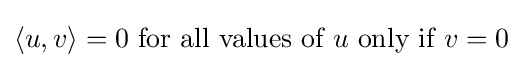
\langle u,v\rangle =0{\text{ for all values of }}u{\text{ only if }}v=0